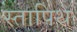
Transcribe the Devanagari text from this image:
स्तापिथ